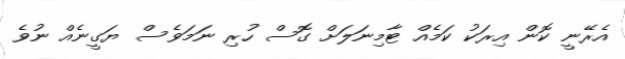
އެރޭނީ ކޮން އިރަކު ކަމެއް ޓާމިނަލަށް ގޮސް ހުރި ނަމަވެސް ޔަގީނެއް ނުވެ